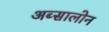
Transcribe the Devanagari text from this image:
अब्सालोन